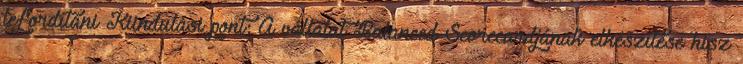
lefordítani Kiindulási pont: A vállalat Balanced Scorecardjának elkészítése hisz